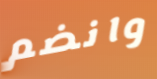
وانضم